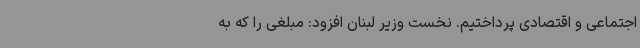
اجتماعی و اقتصادی پرداختیم. نخست وزیر لبنان افزود: مبلغی را که به